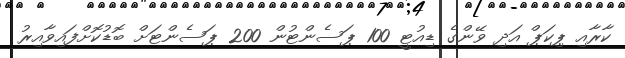
ކާރާއި ޕިކަޕް އަދި ވޭންގެ ޑިއުޓީ 100 ޕަސެންޓުން 200 ޕަސެންޓަށް ބޮޑުކޮށްފައިވާއިރު